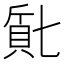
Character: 𬥔